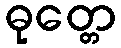
ဓုတ္တေ